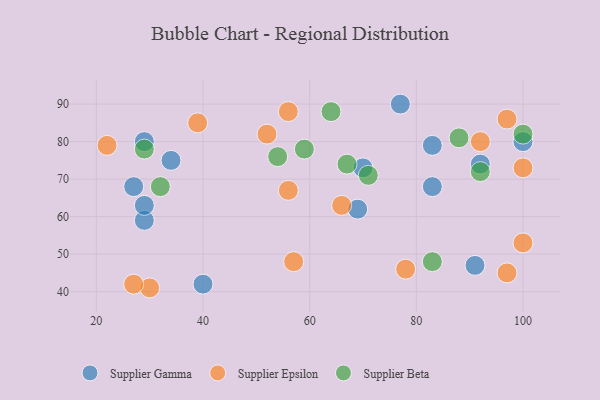
{"axis": {"x": "GDP", "y": "Life Expectancy"}, "legend": ["Supplier Beta", "Supplier Epsilon", "Supplier Gamma"], "data": [{"x": "29", "y": 80, "type": "Supplier Gamma"}, {"x": "83", "y": 68, "type": "Supplier Gamma"}, {"x": "34", "y": 75, "type": "Supplier Gamma"}, {"x": "40", "y": 42, "type": "Supplier Gamma"}, {"x": "29", "y": 59, "type": "Supplier Gamma"}, {"x": "27", "y": 68, "type": "Supplier Gamma"}, {"x": "29", "y": 63, "type": "Supplier Gamma"}, {"x": "83", "y": 79, "type": "Supplier Gamma"}, {"x": "100", "y": 80, "type": "Supplier Gamma"}, {"x": "77", "y": 90, "type": "Supplier Gamma"}, {"x": "69", "y": 62, "type": "Supplier Gamma"}, {"x": "92", "y": 74, "type": "Supplier Gamma"}, {"x": "91", "y": 47, "type": "Supplier Gamma"}, {"x": "70", "y": 73, "type": "Supplier Gamma"}, {"x": "56", "y": 88, "type": "Supplier Epsilon"}, {"x": "97", "y": 86, "type": "Supplier Epsilon"}, {"x": "30", "y": 41, "type": "Supplier Epsilon"}, {"x": "66", "y": 63, "type": "Supplier Epsilon"}, {"x": "56", "y": 67, "type": "Supplier Epsilon"}, {"x": "27", "y": 42, "type": "Supplier Epsilon"}, {"x": "100", "y": 53, "type": "Supplier Epsilon"}, {"x": "22", "y": 79, "type": "Supplier Epsilon"}, {"x": "97", "y": 45, "type": "Supplier Epsilon"}, {"x": "57", "y": 48, "type": "Supplier Epsilon"}, {"x": "100", "y": 73, "type": "Supplier Epsilon"}, {"x": "78", "y": 46, "type": "Supplier Epsilon"}, {"x": "39", "y": 85, "type": "Supplier Epsilon"}, {"x": "92", "y": 80, "type": "Supplier Epsilon"}, {"x": "52", "y": 82, "type": "Supplier Epsilon"}, {"x": "83", "y": 48, "type": "Supplier Beta"}, {"x": "64", "y": 88, "type": "Supplier Beta"}, {"x": "29", "y": 78, "type": "Supplier Beta"}, {"x": "100", "y": 82, "type": "Supplier Beta"}, {"x": "32", "y": 68, "type": "Supplier Beta"}, {"x": "92", "y": 72, "type": "Supplier Beta"}, {"x": "59", "y": 78, "type": "Supplier Beta"}, {"x": "67", "y": 74, "type": "Supplier Beta"}, {"x": "54", "y": 76, "type": "Supplier Beta"}, {"x": "88", "y": 81, "type": "Supplier Beta"}, {"x": "71", "y": 71, "type": "Supplier Beta"}]}